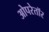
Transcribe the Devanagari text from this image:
ओपरेतॉर